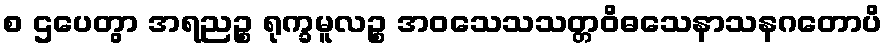
စ ဌပေတွာ အရညဉ္စ ရုက္ခမူလဉ္စ အဝသေသသတ္တဝိဓသေနာသနဂတောပိ